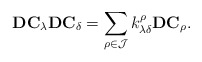
\begin{align*}\textbf{DC}_\lambda\textbf{DC}_\delta=\sum_{\rho \in \mathcal{J}}k^\rho_{\lambda\delta}\textbf{DC}_\rho.\end{align*}